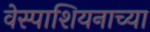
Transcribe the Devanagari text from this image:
वेस्पाशियनाच्या